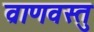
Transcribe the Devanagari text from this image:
व्राणवस्तु